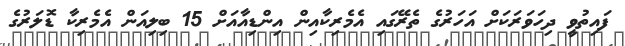
ފައިތުވީ ދިހަވަރަކަށް އަހަރުގެ ތެރޭގައި އެމެރިކާއިން އިންޑިއާއަށް 15 ބިލިއަން އެމެރިކާ ޑޮލަރުގެ